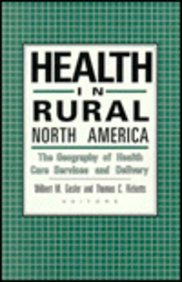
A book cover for Health in Rural North America: The Geography of Health Care Services and Delivery; Medical Books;